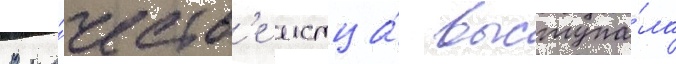
В ка́честв'е истца́ выступа́ла